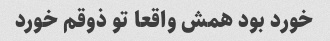
خورد بود همش واقعا تو ذوقم خورد